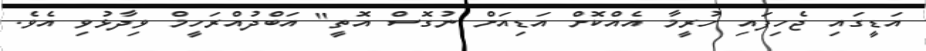
އަޑީގައި ޖެހިފައި ހުރީމާ އެއްކޮށް އަޑިއަށް ނުގޮސް އޮތީ" އަބްދުއްރަހީމް ވިދާޅުވި އެވެ.